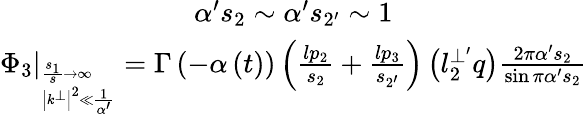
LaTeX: \begin{array}{c}{{\alpha^{\prime}s_{2}\sim\alpha^{\prime}s_{2^{\prime}}\sim 1}}\\ {{\left.\Phi_{3}\right|_{_{\left|k^{\bot}\right|^{2}\ll\frac 1{\alpha^{\prime}}}^{\frac{s_{1}}s\rightarrow\infty}}=\Gamma\left(-\alpha\left(t\right)\right)\left(\frac{lp_{2}}{s_{2}}+\frac{lp_{3}}{s_{2^{\prime}}}\right)\left(l_{2}^{\bot^{\prime}}q\right)\frac{2\pi\alpha^{\prime}s_{2}}{\sin\pi\alpha^{\prime}s_{2}}}}\end{array}